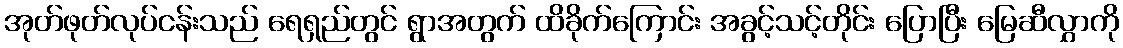
အုတ်ဖုတ်လုပ်ငန်းသည် ရေရှည်တွင် ရွာအတွက် ထိခိုက်ကြောင်း အခွင့်သင့်တိုင်း ပြောပြီး မြေဆီလွှာကို